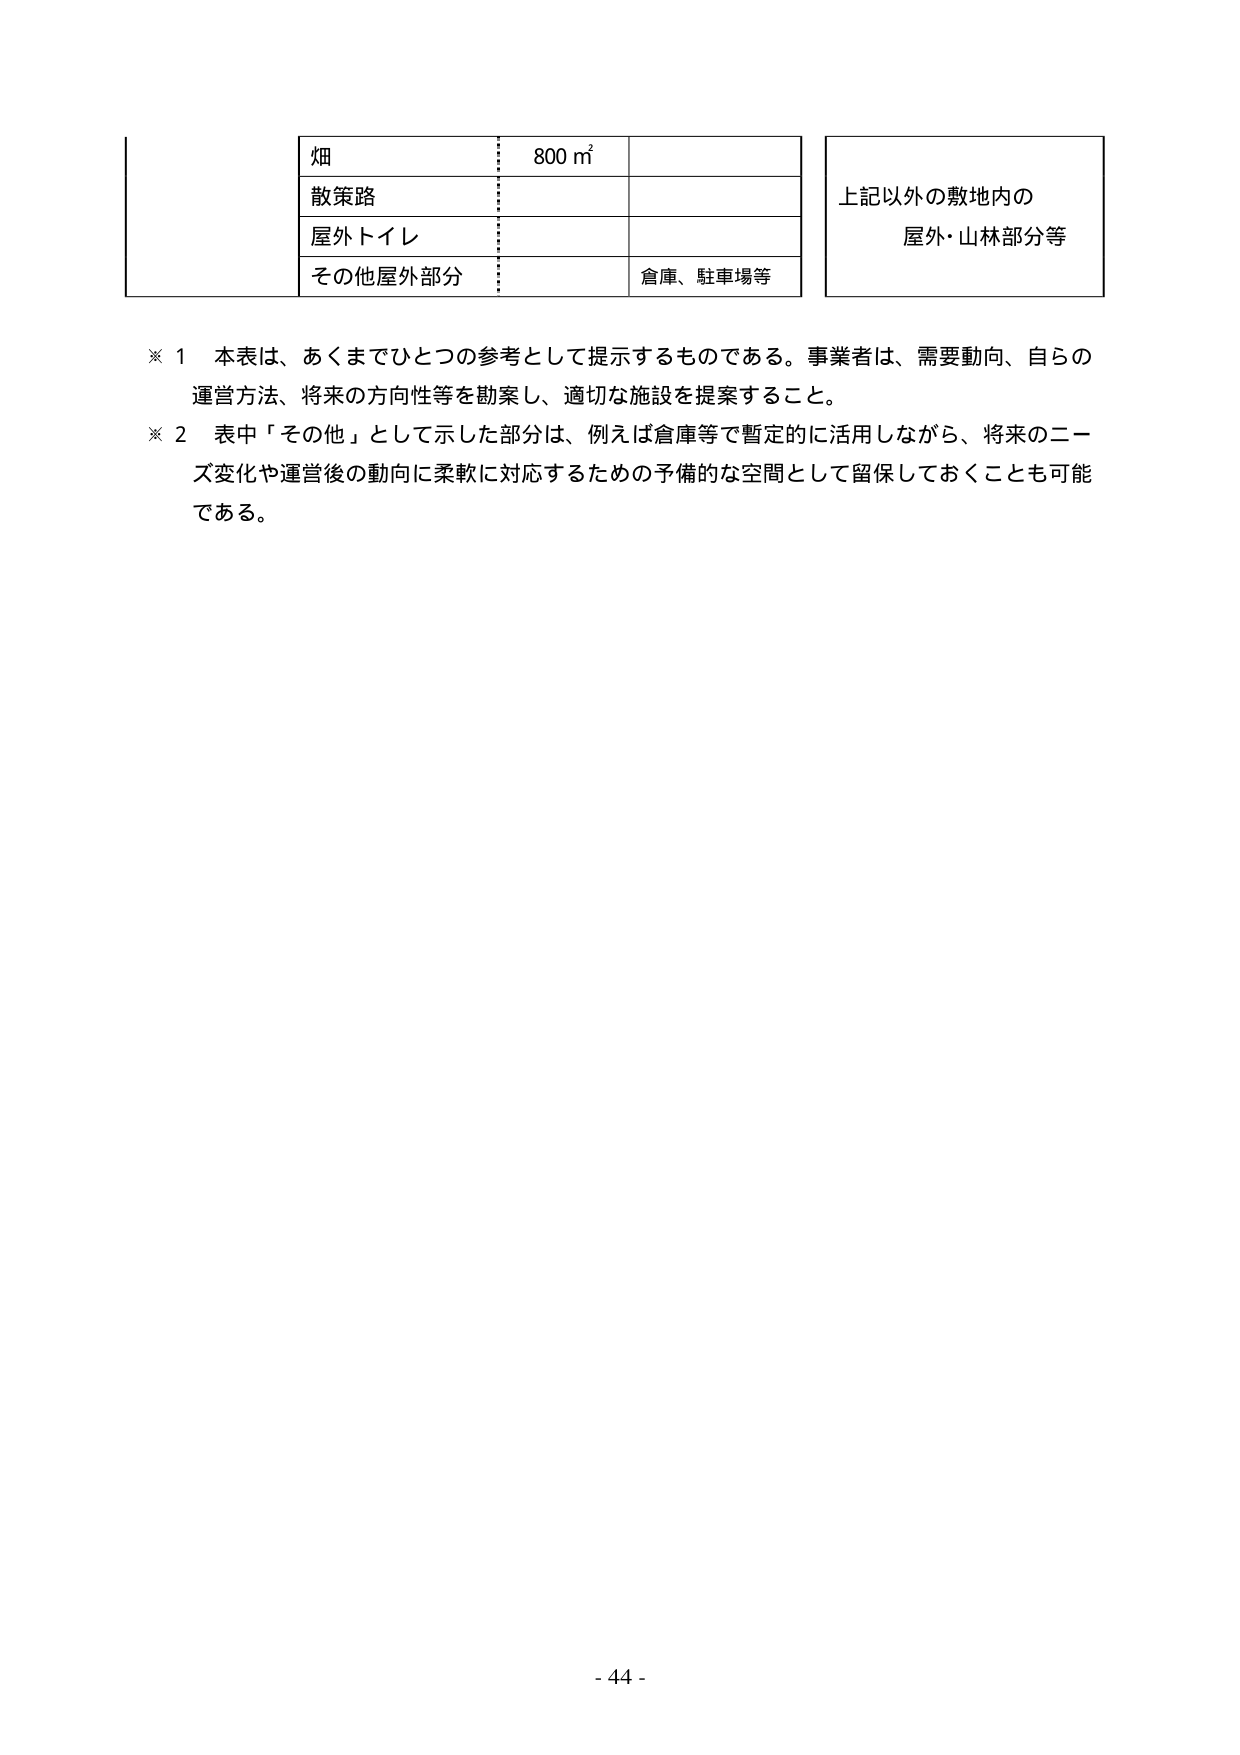
畑　　800 m²
散策路
屋外トイレ
その他屋外部分　　倉庫、駐車場等
上記以外の敷地内の
屋外・山林部分等
※ 1　本表は、あくまでひとつの参考として提示するものである。事業者は、需要動向、自らの
運営方法、将来の方向性等を勘案し、適切な施設を提案すること。
※ 2　表中「その他」として示した部分は、例えば倉庫等で暫定的に活用しながら、将来のニーズ変化や運営後の動向に柔軟に対応するための予備的な空間として留保しておくことも可能である。
- 44 -